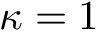
\kappa = 1